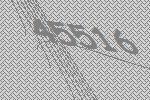
45516